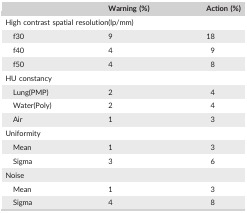
<table><thead><tr><td></td><td><b>Warning (%)</b></td><td><b>Action (%)</b></td></tr></thead><tbody><tr><td colspan="3">High contrast spatial resolution(lp/mm)</td></tr><tr><td>f30</td><td>9</td><td>18</td></tr><tr><td>f40</td><td>4</td><td>9</td></tr><tr><td>f50</td><td>4</td><td>8</td></tr><tr><td colspan="3">HU constancy</td></tr><tr><td>Lung(PMP)</td><td>2</td><td>4</td></tr><tr><td>Water(Poly)</td><td>2</td><td>4</td></tr><tr><td>Air</td><td>1</td><td>3</td></tr><tr><td colspan="3">Uniformity</td></tr><tr><td>Mean</td><td>1</td><td>3</td></tr><tr><td>Sigma</td><td>3</td><td>6</td></tr><tr><td colspan="3">Noise</td></tr><tr><td>Mean</td><td>1</td><td>3</td></tr><tr><td>Sigma</td><td>4</td><td>8</td></tr></tbody></table>